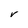
Character: V